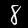
Label: 8